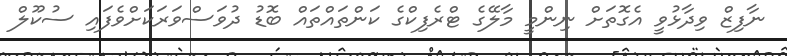
ނާފިޒް ވިދާޅުވީ އެގޮތަށް ނިންމީ މާލޭގެ ޓްރެފިކްގެ ކަންތައްތައް ބޮޑު ދުވަސްވަރަކަށްވެފައި ސުކޫލް